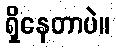
ရှိနေတာပဲ။